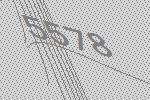
5578